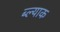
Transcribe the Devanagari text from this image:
ब्ल्याक